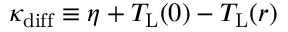
\kappa _ { \mathrm { d i f f } } \equiv \eta + T _ { \mathrm { L } } ( 0 ) - T _ { \mathrm { L } } ( r )